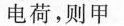
电荷，则甲